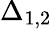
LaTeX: \Delta_{1,2}